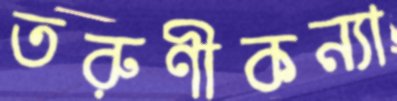
তরুণীকন্যা